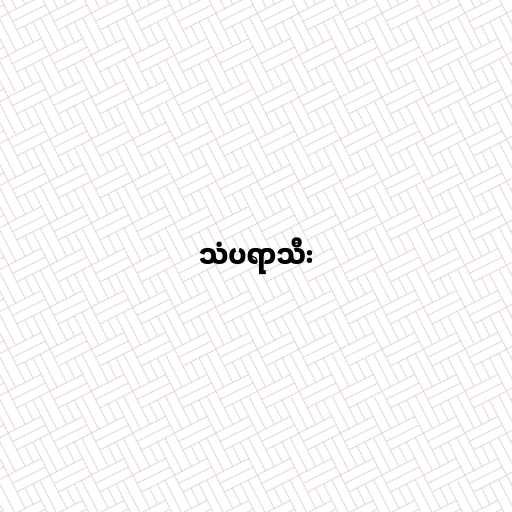
သံပရာသီး